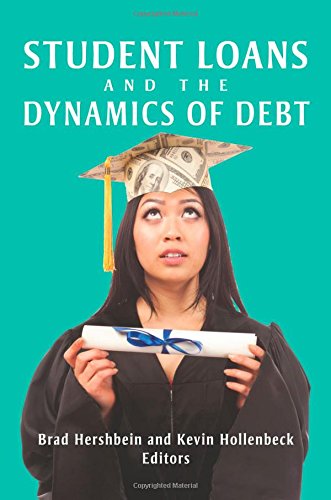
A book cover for Student Loans and the Dynamics of Debt; Brad Hershbein; Business & Money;